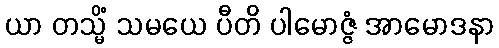
ယာ တသ္မိံ သမယေ ပီတိ ပါမောဇ္ဇံ အာမောဒနာ